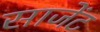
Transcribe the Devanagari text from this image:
साजेंट